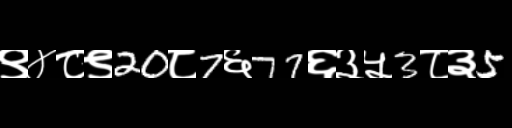
Text: ९४८९20८7६77६३५3८३5